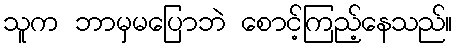
သူက ဘာမှမပြောဘဲ စောင့်ကြည့်နေသည်။